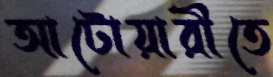
আটোয়ারীতে